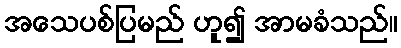
အသေပစ်ပြမည် ဟူ၍ အာမခံသည်။